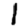
Digit: 1